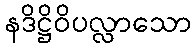
နဒိဋ္ဌိဝိပလ္လာသော